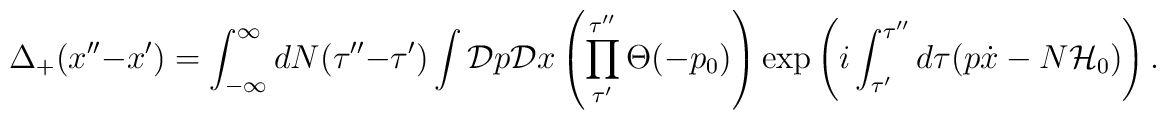
\Delta_+(x''-x') = \int_{-\infty}^{\infty} dN(\tau''-\tau')\int {\cal D}p {\cal D}x\left( \prod_{\tau'}^{\tau''} \Theta(-p_0) \right) \exp\left( i \int_{\tau'}^{\tau''} d \tau (p \dot{x} -N {\cal H}_0)\right).